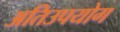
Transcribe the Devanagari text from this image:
अतिउपयोग